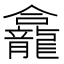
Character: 龕